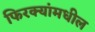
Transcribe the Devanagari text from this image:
फिरक्यांमधील